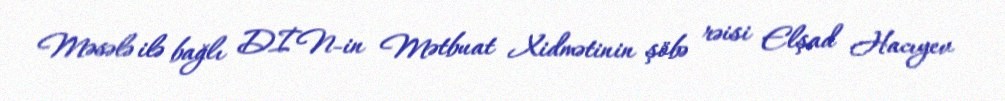
Məsələ ilə bağlı DİN-in Mətbuat Xidmətinin şöbə rəisi Elşad Hacıyev